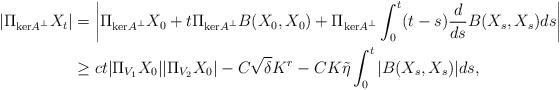
LaTeX: \begin{align*}|\Pi_{\mathrm{ker}A^\perp} X_t| &= \left| \Pi_{\mathrm{ker}A^\perp} X_0 + t \Pi_{\mathrm{ker}A^\perp}B(X_0,X_0)+ \Pi_{\mathrm{ker}A^\perp}\int_0^t (t-s) \frac{d}{ds}B(X_s,X_s)ds\right| \\& \ge c t|\Pi_{V_1}X_0||\Pi_{V_2}X_0| - C\sqrt{\delta} K^{r} - C K \tilde{\eta} \int_0^t |B(X_s,X_s)| ds, \end{align*}